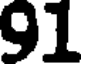
91